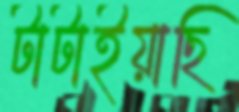
টাটাইয়াছি